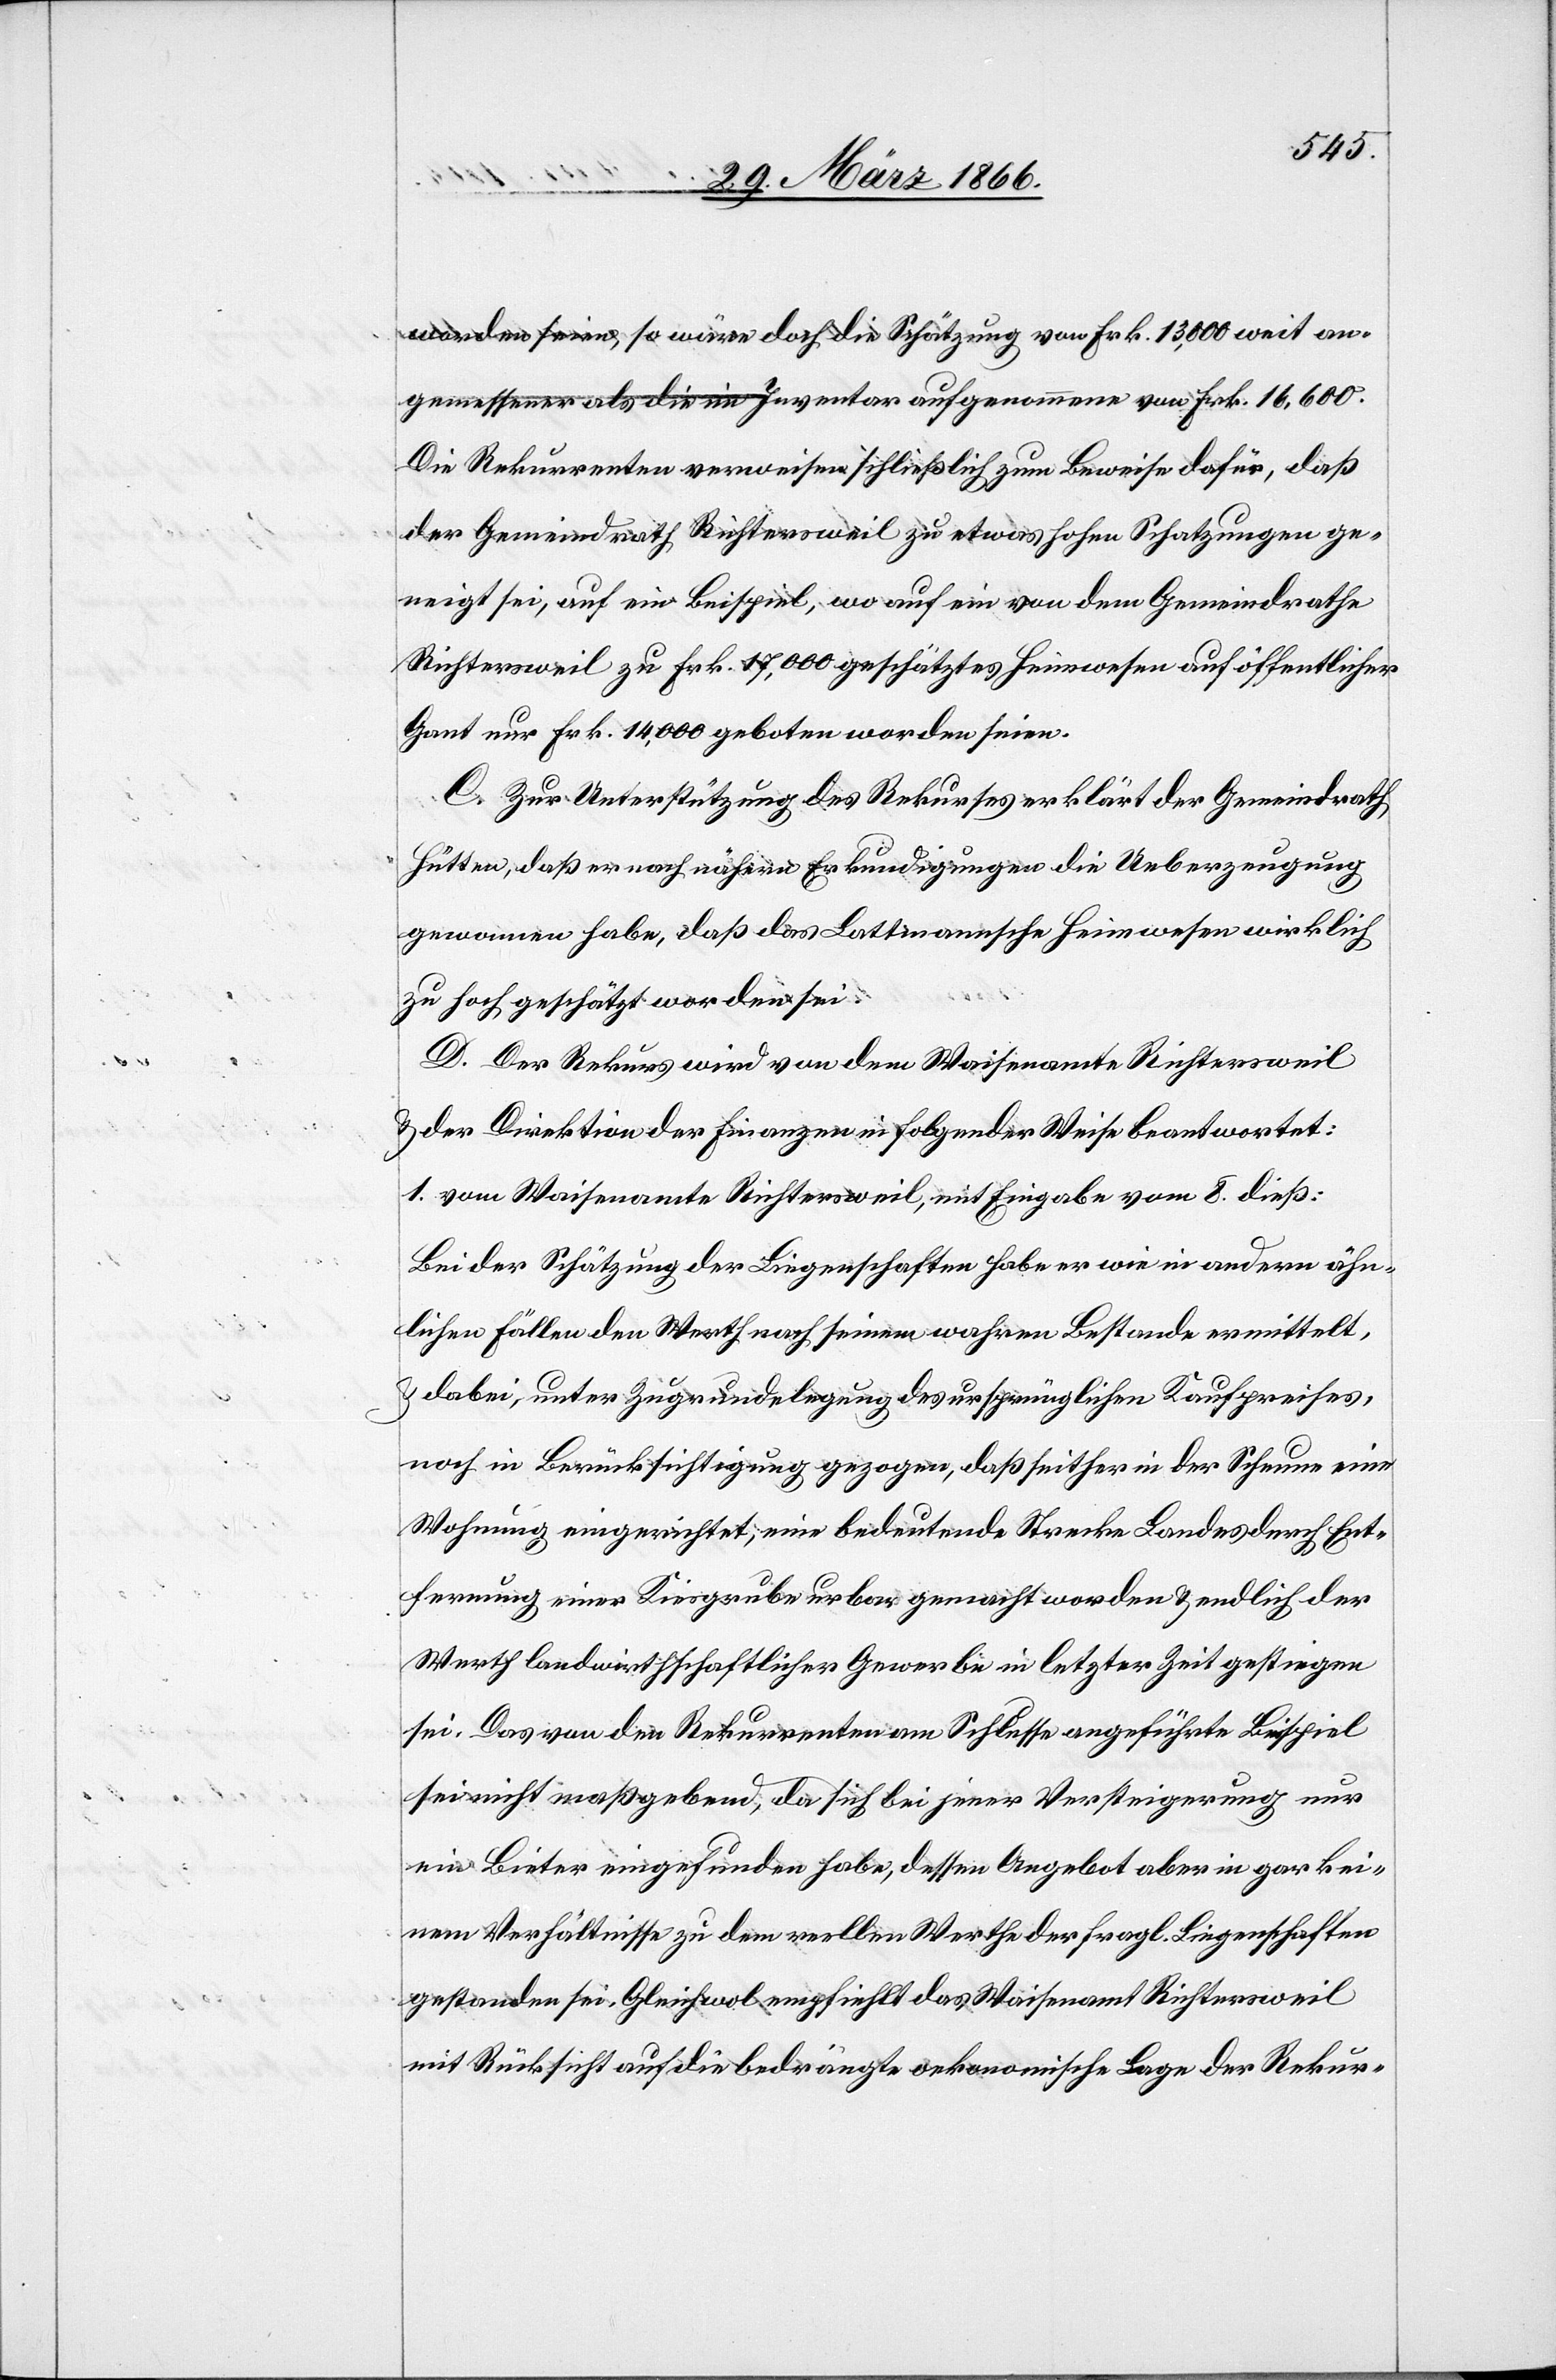
worden seien, so wäre doch die Schätzung von Frk. 13 000 weit an¬
gemessener als die im Inventar aufgenommene von Frk. 16 600.
Die Rekurrenten verweisen schließlich zum Beweise dafür, daß
der Gemeindrath Richtersweil zu etwas hohe Schatzungen ge¬
neigt sei, auf ein Beispiel, wo auf ein von dem Gemeindrathe
Richtersweil zu Frk. 17 000 geschätztes Heimwesen auf öffentlicher
Gant nur Frk. 14 000 geboten worden seien.
C. Zu Unterstützung des Rekurses erklärt der Gemeindrath
Hütten, daß er nach nähern Erkundigungen die Ueberzeugung
gewonnen habe, daß das Lattmannsche Heimwesen wirklich
zu hoch geschätzt worden sei.
D. Der Rekurs wird von dem Waisenamte Richtersweil
u. der Direktion der Finanzen in folgender Weise beantwortet:
1. vom Waisenamte Richtersweil, mit Eingabe vom 8. dieß:
Bei der Schätzung der Liegenschaften habe er wie in andern ähn¬
lichen Fällen den Werth nach seinem wahren Bestande ermittelt,
u. dabei, unter Zugrundelegung des ursprünglichen Kaufpreises,
noch in Berücksichtigung gezogen, daß seither in der Scheune eine
Wohnung eingerichtet, eine bedeutende Strecke Landes durch Ent¬
fernung einer Kiesgrube urbar gemacht worden u. endlich der
Werth landwirthschaftlicher Gewerbe in letzter Zeit gestiegen
sei. Das von den Rekurrenten am Schlusse angeführte Beispiel
sei nicht maßgebend, da sich bei jener Versteigerung nur
ein Bieter eingefunden habe, dessen Angebot aber in gar kei¬
nem Verhältnisse zu dem reellen Werthe der fragl. Liegenschaften
gestanden sei. Gleichwol empfiehlt das Waisenamt Richtersweil
mit Rücksicht auf die bedrängte oekonomische Lage der Rekur-